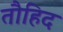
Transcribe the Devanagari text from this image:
तौहिद